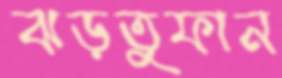
ঝড়তুফান